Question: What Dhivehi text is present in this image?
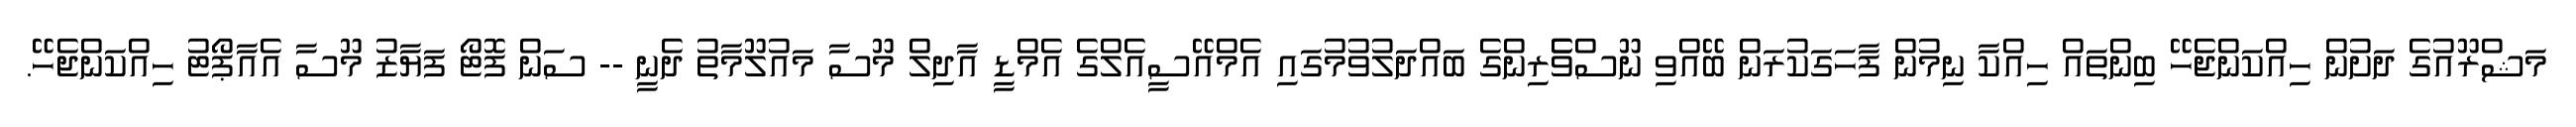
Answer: މަޝްރޫއުގެ ދަށުން ހިއްކަންޖެހޭ ބިންތައް ހިއްކާ ނިމުން ފާހަގަކުރަން ބޭއްވި ނޫސްވެެރިންގެ ބައްދަލުވުމުގައި އެމްއޭސީއެލްގެ އެމްޑީ އާދިލް މޫސާ މައުލޫމާތު ދެނީ -- ސަން ފޮޓޯ ފަޔާޒު މޫސާ އެއާޕޯޓު ހިއްކަންޖެހޭ.